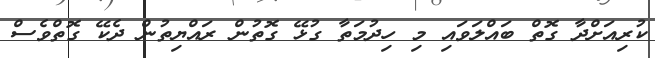
ކުރިއަށްދާ ގޮތް ބައްލަވައި މި ހިދުމަތާ ގުޅޭ ގޮތުން ރައްޔިތުން ދެކޭ ގޮތްވެސް